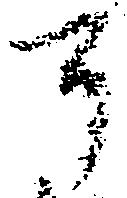
了